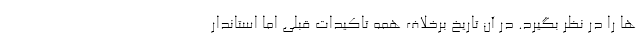
ها را در نظر بگیرد. در آن تاریخ برخلاف همه تاکیدات قبلی اما استاندار